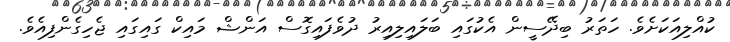
ކުއްލިއަކަށެވެ. ހަތަރު ބިދޭސީން އެކުގައި ބަލައިލިއިރު ދުވެފައިގޮސް އަންޝް މައިކް ގައިގައި ޖެހިގެންފިއެވެ.